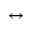
\leftrightarrow